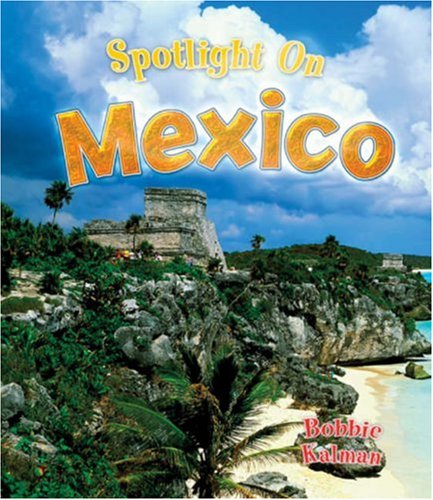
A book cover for Spotlight on Mexico (Spotlight on My Country); Bobbie Kalman; Children's Books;